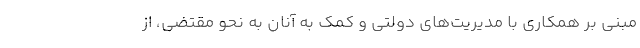
مبنی بر همکاری با مدیریت‌های دولتی و کمک به آنان به نحو مقتضی، از